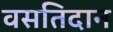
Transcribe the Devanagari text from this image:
वसतिदान